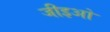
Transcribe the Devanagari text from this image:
जीइओ